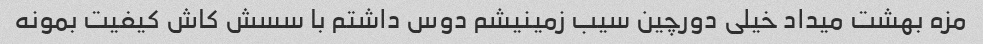
مزه بهشت میداد خیلی دورچین سیب زمینیشم دوس داشتم با سسش کاش کیفیت بمونه